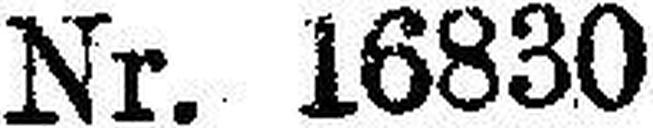
Nr. 16830